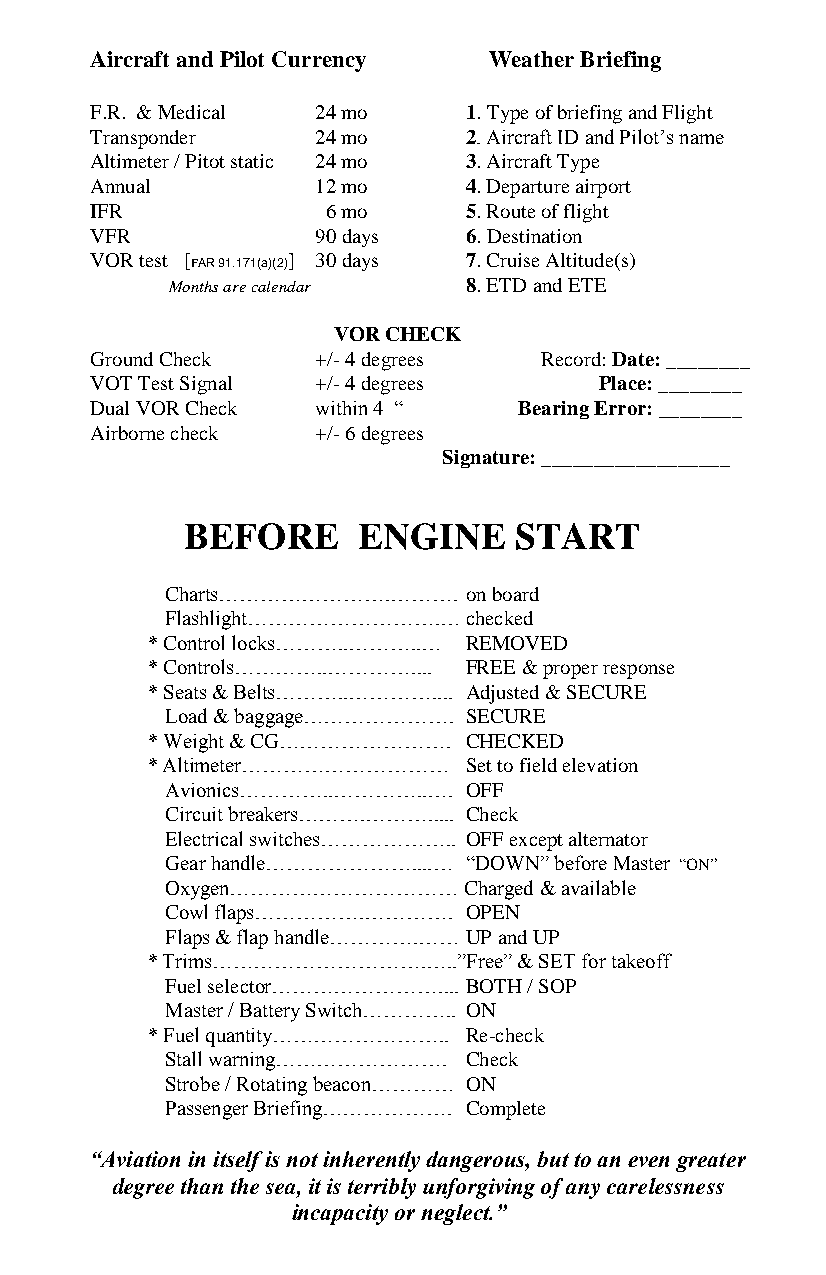
Aircraft and Pilot Currency Weather Briefing
 F.R. & Medical 24 mo     1. Type of briefing and Flight
 Transponder    24 mo     2. Aircraft ID and Pilot’s name
 Altimeter / Pitot static 24 mo 3. Aircraft Type
 Annual         12 mo     4. Departure airport
 IFR             6 mo     5. Route of flight
 VFR            90 days   6. Destination
 VOR test [   ] 30 days   7. Cruise Altitude(s)
 FAR 91.171(a)(2)
 Months are calendar 8. ETD and ETE
 VOR CHECK
 Ground Check   +/- 4 degrees  Record: Date: ________
 VOT Test Signal +/- 4 degrees     Place: ________
 Dual VOR Check within 4 “   Bearing Error: ________
 Airborne check +/- 6 degrees
 Signature: __________________
 BEFORE      ENGINE    START
 Charts…………………….………. on board
 Flashlight……………………….… checked
 * Control locks………..………..… REMOVED
 * Controls…………..………….... FREE & proper response
 * Seats & Belts………..………….... Adjusted & SECURE
 Load & baggage…………………. SECURE
 * Weight & CG……………………. CHECKED
 * Altimeter………………………… Set to field elevation
 Avionics…………..…………..…. OFF
 Circuit breakers……….………..... Check
 Electrical switches……………….. OFF except alternator
 Gear handle…………………....… “DOWN” before Master “ON”
 Oxygen……………………………   Charged & available
 Cowl flaps…………….…………. OPEN
 Flaps & flap handle………….…… UP and UP
 * Trims………………………….…..”Free” & SET for takeoff
 Fuel selector…………………….... BOTH / SOP
 Master / Battery Switch………….. ON
 * Fuel quantity…………………….. Re-check
 Stall warning……………………. Check
 Strobe / Rotating beacon………… ON
 Passenger Briefing………………. Complete
 “Aviation in itself is not inherently dangerous, but to an even greater
 degree than the sea, it is terribly unforgiving of any carelessness
 incapacity or neglect.”